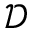
\mathcal D